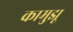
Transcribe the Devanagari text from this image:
कामुझू